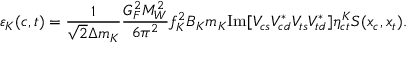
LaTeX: \varepsilon _ { K } ( c , t ) = \frac { 1 } { \sqrt { 2 } \Delta m _ { K } } \frac { G _ { F } ^ { 2 } M _ { W } ^ { 2 } } { 6 \pi ^ { 2 } } f _ { K } ^ { 2 } B _ { K } m _ { K } \mathrm { I m } [ V _ { c s } V _ { c d } ^ { * } V _ { t s } V _ { t d } ^ { * } ] \eta _ { c t } ^ { K } S ( x _ { c } , x _ { t } ) .